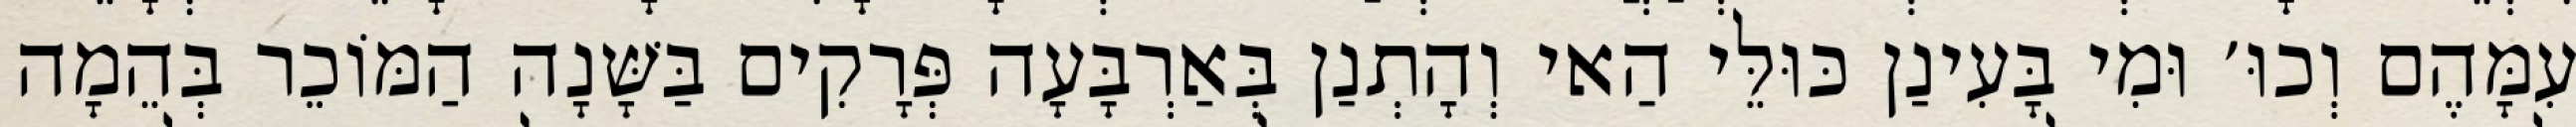
עִמָּהֶם וְכוּ׳ וּמִי בָּעִינַן כּוּלֵּי הַאי וְהָתְנַן בְּאַרְבָּעָה פְּרָקִים בַּשָּׁנָה הַמּוֹכֵר בְּהֵמָה